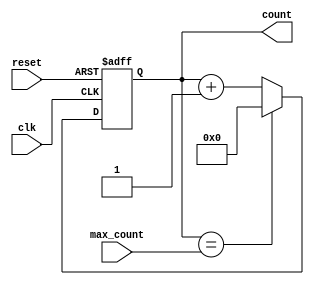
module binary_counter (
    input clk,
    input reset,
    input [3:0] max_count,
    output reg [3:0] count
);

always @ (posedge clk or posedge reset) begin
    if (reset) begin
        count <= 4'd0;
    end else begin
        if (count == max_count) begin
            count <= 4'd0;
        end else begin
            count <= count + 1;
        end
    end
end

endmodule